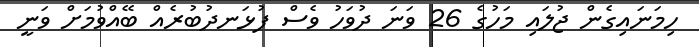
ހިމަނައިގެން ޖުލައި މަހުގެ 26 ވަނަ ދުވަހު ވެސް ފުޅަނދުބުރެއް ބޭއްވުމަށް ވަނީ